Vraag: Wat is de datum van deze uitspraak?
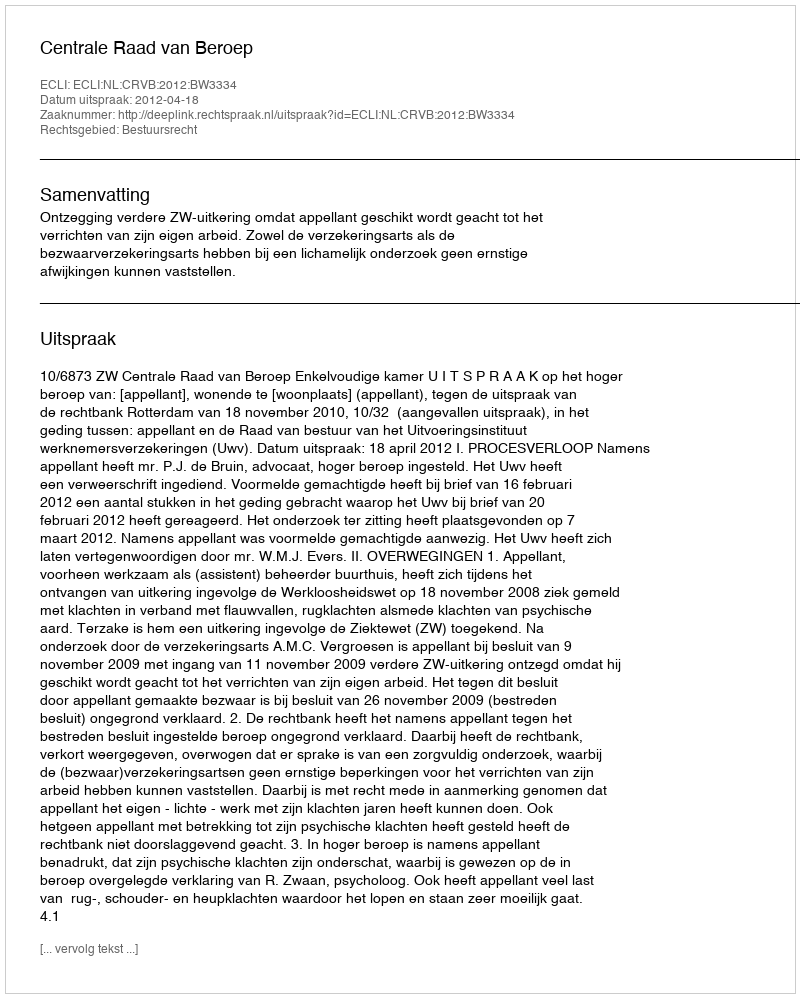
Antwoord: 2012-04-18